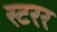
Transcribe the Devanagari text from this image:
स्टरर